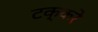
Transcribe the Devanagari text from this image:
टक्करे